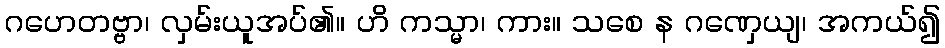
ဂဟေတဗ္ဗာ၊ လှမ်းယူအပ်၏။ ဟိ ကသ္မာ၊ ကား။ သစေ န ဂဏှေယျ၊ အကယ်၍